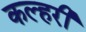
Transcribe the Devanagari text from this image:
कल्हरी